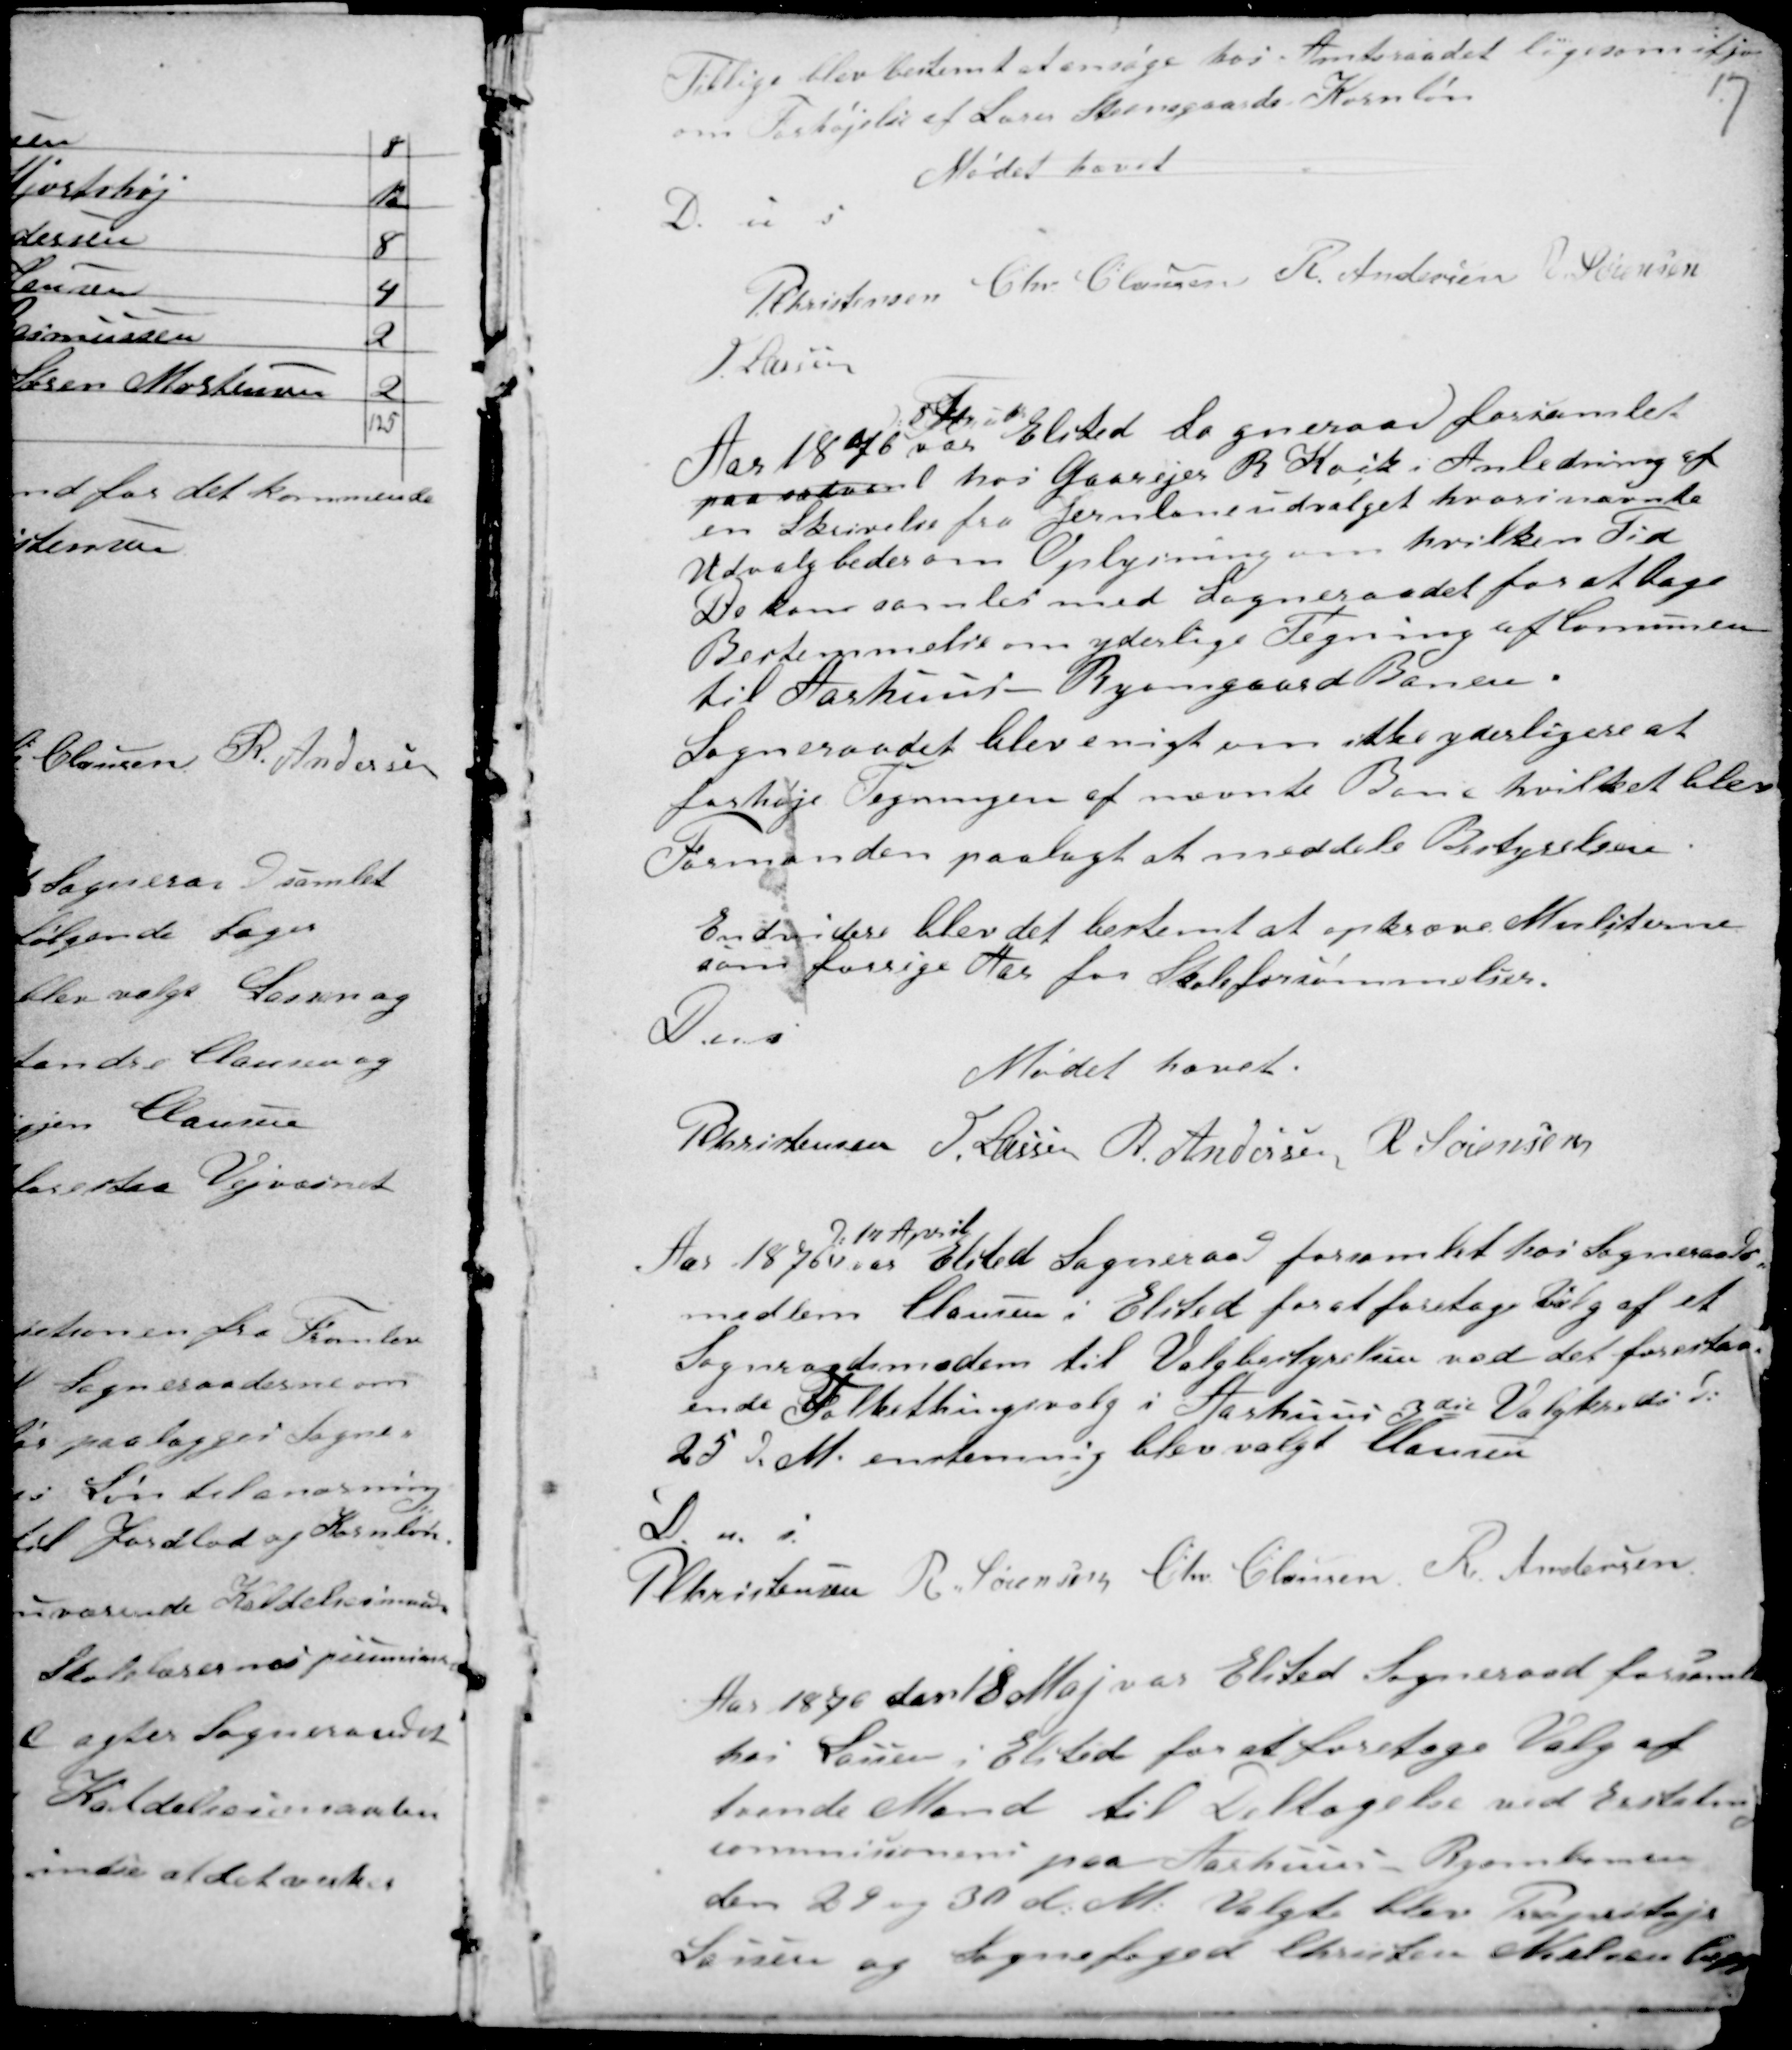
Transskription:
17

Tillige blev bestemt at ansøge hos Amtsraadet ligesom ifjor

om Forhøjelse af Lærer Steensgaards Kornløn
Mødet hævet
D. u s
PChristensen Chr Clausen R. Andersen R Sørensen
H Lassen

Aar 1876
d: 8 Februar
var Elsted Sogneraad forsamlet
paa sædvanl hos Gaardejer B Kock i Anledning af
en Skrivelse fra Jernbaneudvalget hvori nævnte
Udvalg beder om Oplysning om hvilken Tid
De kan samles med Sogneraadet for at tage
Bestemmelse om yderlige Tegning af Comunen
til Aarhuus - Ryomgaard Banen.
Sogneraadet blev enigt om ikke yderligere at
forhøje Tegningen af nævnte Bane hvilket blev
Formanden paalagt at meddele Bestyrelsen.
Endvidere blev det bestemt at opkræve Mulcterne
som forrige Aar for Skoleforsømmelser.
D u s
Mødet hævet.
PChristensen H. Lassen R. Andersen R Sørensen

Aar 1876
d: 17 April
var Elsted Sogneraad forsamlet hos Sogneraads-
medlem Clausen i Elsted for at foretage Valg af et
Sogneraadsmedlem til Valgbestyrelsen ved det forestaa-
ende Folkethingsvalg i Aarhuus 3die Valgkreds d:
25 d. M. enstemmig blev valgt Clausen
D. u. s.
PChristensen R. Sørensen Chr. Clausen R. Andersen

Aar 1876 den 18 Maj var Elsted Sogneraad forsamlet
hos Lassen i Elsted for at foretage Valg af
tvende Mand til Deltagelse ved Erstatnig
commisionens paa Aarhuus - Ryombanen
den 29 og 30 d: M: Valgte blev Propritajr
Lassen og Sognefoged Chresten Nielsen begge